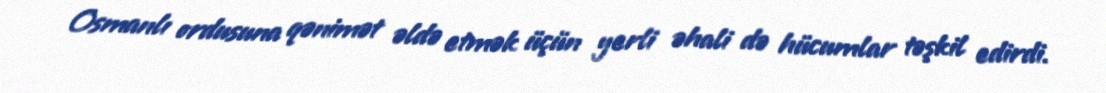
Osmanlı ordusuna qənimət əldə etmək üçün yerli əhali də hücumlar təşkil edirdi.